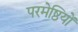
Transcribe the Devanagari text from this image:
परमेष्ठियों